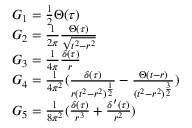
\begin{array} { r l } & { G _ { 1 } = \frac { 1 } { 2 } \Theta ( \tau ) } \\ & { G _ { 2 } = \frac { 1 } { 2 \pi } \frac { \Theta ( \tau ) } { \sqrt { t ^ { 2 } - r ^ { 2 } } } } \\ & { G _ { 3 } = \frac { 1 } { 4 \pi } \frac { \delta ( \tau ) } { r } } \\ & { G _ { 4 } = \frac { 1 } { 4 \pi ^ { 2 } } ( \frac { \delta ( \tau ) } { r ( t ^ { 2 } - r ^ { 2 } ) ^ { \frac { 1 } { 2 } } } - \frac { \Theta ( t - r ) } { ( t ^ { 2 } - r ^ { 2 } ) ^ { \frac { 3 } { 2 } } } ) } \\ & { G _ { 5 } = \frac { 1 } { 8 \pi ^ { 2 } } ( \frac { \delta ( \tau ) } { r ^ { 3 } } + \frac { \delta ^ { \prime } ( \tau ) } { r ^ { 2 } } ) } \end{array}